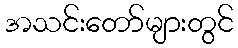
အသင်းတော်များတွင်